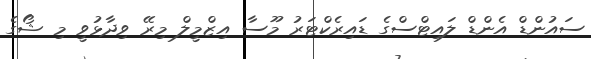
ސައުންޑް އެންޑް ލައިޓްސްގެ ޑައިރެކްޓަރު މޫސާ އިޒްމީލް މިރޭ ވިދާޅުވީ މި ޝޯގެ